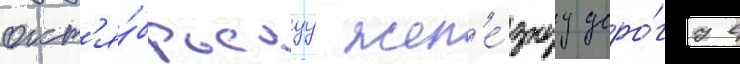
окт'я́брьскуу жел'е́знуу доро́гу в